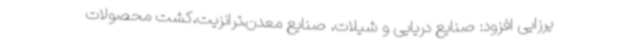
یرزایی افزود: صنایع دریایی و شیلات، صنایع معدن،ترانزیت،کشت محصولات